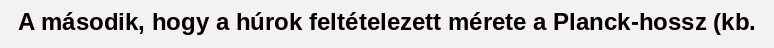
A második, hogy a húrok feltételezett mérete a Planck-hossz (kb.